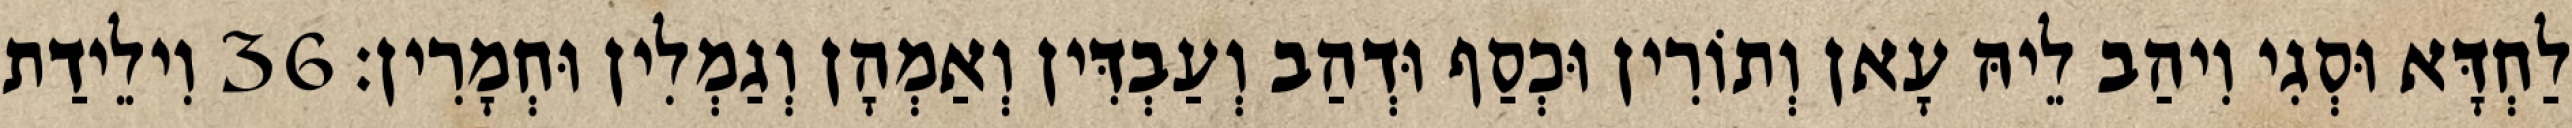
לַחְדָּא וּסְגִי וִיהַב לֵיהּ עָאן וְתוֹרִין וּכְסַף וּדְהַב וְעַבְדִּין וְאַמְהָן וְגַמְלִין וּחְמָרִין׃ 36 וִילֵידַת